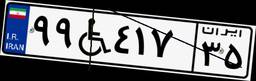
۹۹W۴۱۷۳۵